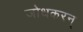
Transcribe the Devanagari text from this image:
जोधकरन्